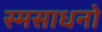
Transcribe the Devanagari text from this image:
स्मसाधनो